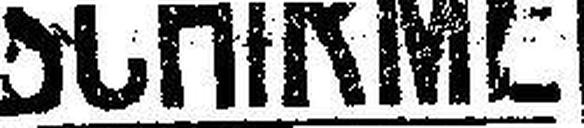
SCHIRME